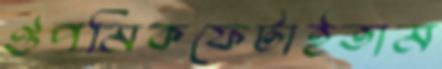
ঔপমিকফেটাইতাম